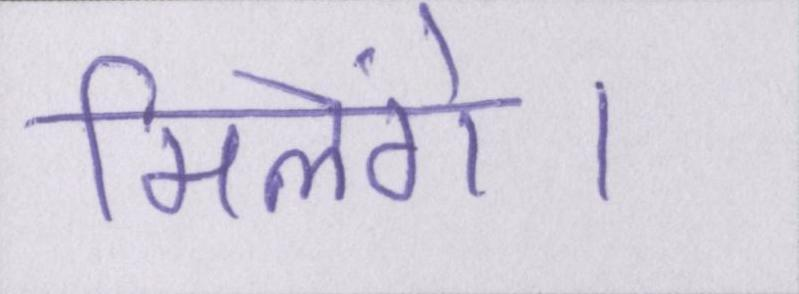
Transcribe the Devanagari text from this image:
मिलेंगे।